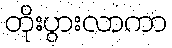
တိုးပွားလာကာ